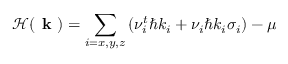
\mathcal { H } ( \textbf { k } ) = \sum _ { i = x , y , z } \left( \nu _ { i } ^ { t } \hbar k _ { i } + \nu _ { i } \hbar k _ { i } \sigma _ { i } \right) - \mu